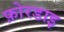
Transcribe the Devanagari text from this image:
फ़ोरडाइ